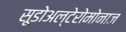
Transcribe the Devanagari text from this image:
सूडोअल्टेरोमोनाज